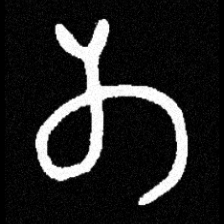
Pyu character \u2014 Myanmar letter: တ (romanized: ta)